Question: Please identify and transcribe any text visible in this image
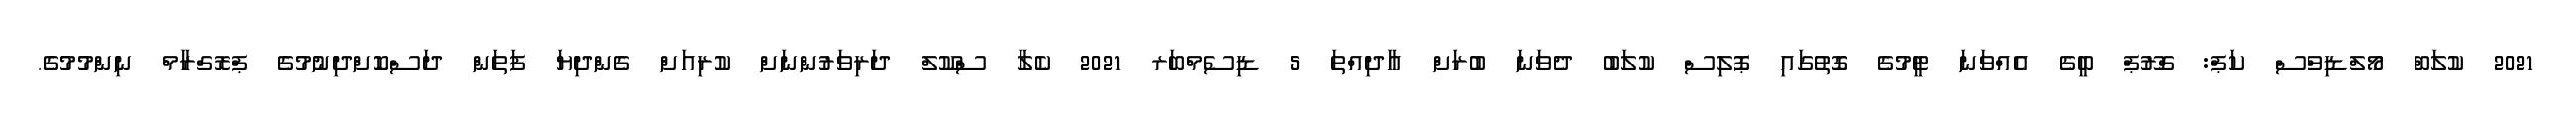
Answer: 2021 ކުލަބް މޯލްޑިވްސް ކަޕް: ގްރޫޕް ބީގެ އެއްވަނަ ޓީމުގެ ގޮތުގައި ޕޮލިސް ކުލަބު ދެވަނަ ބުރަށް އާދިއްތަ 5 ޑިސެމްބަރ 2021 ކެލާ ސްކޫލް ދަރިވަރުންނަށް ކުރިއަށް ގެންދިޔަ ފަތަން ދަސްކޮށްދިނުމުގެ ޕްރޮގްރާމް ނިންމުމުގެ.